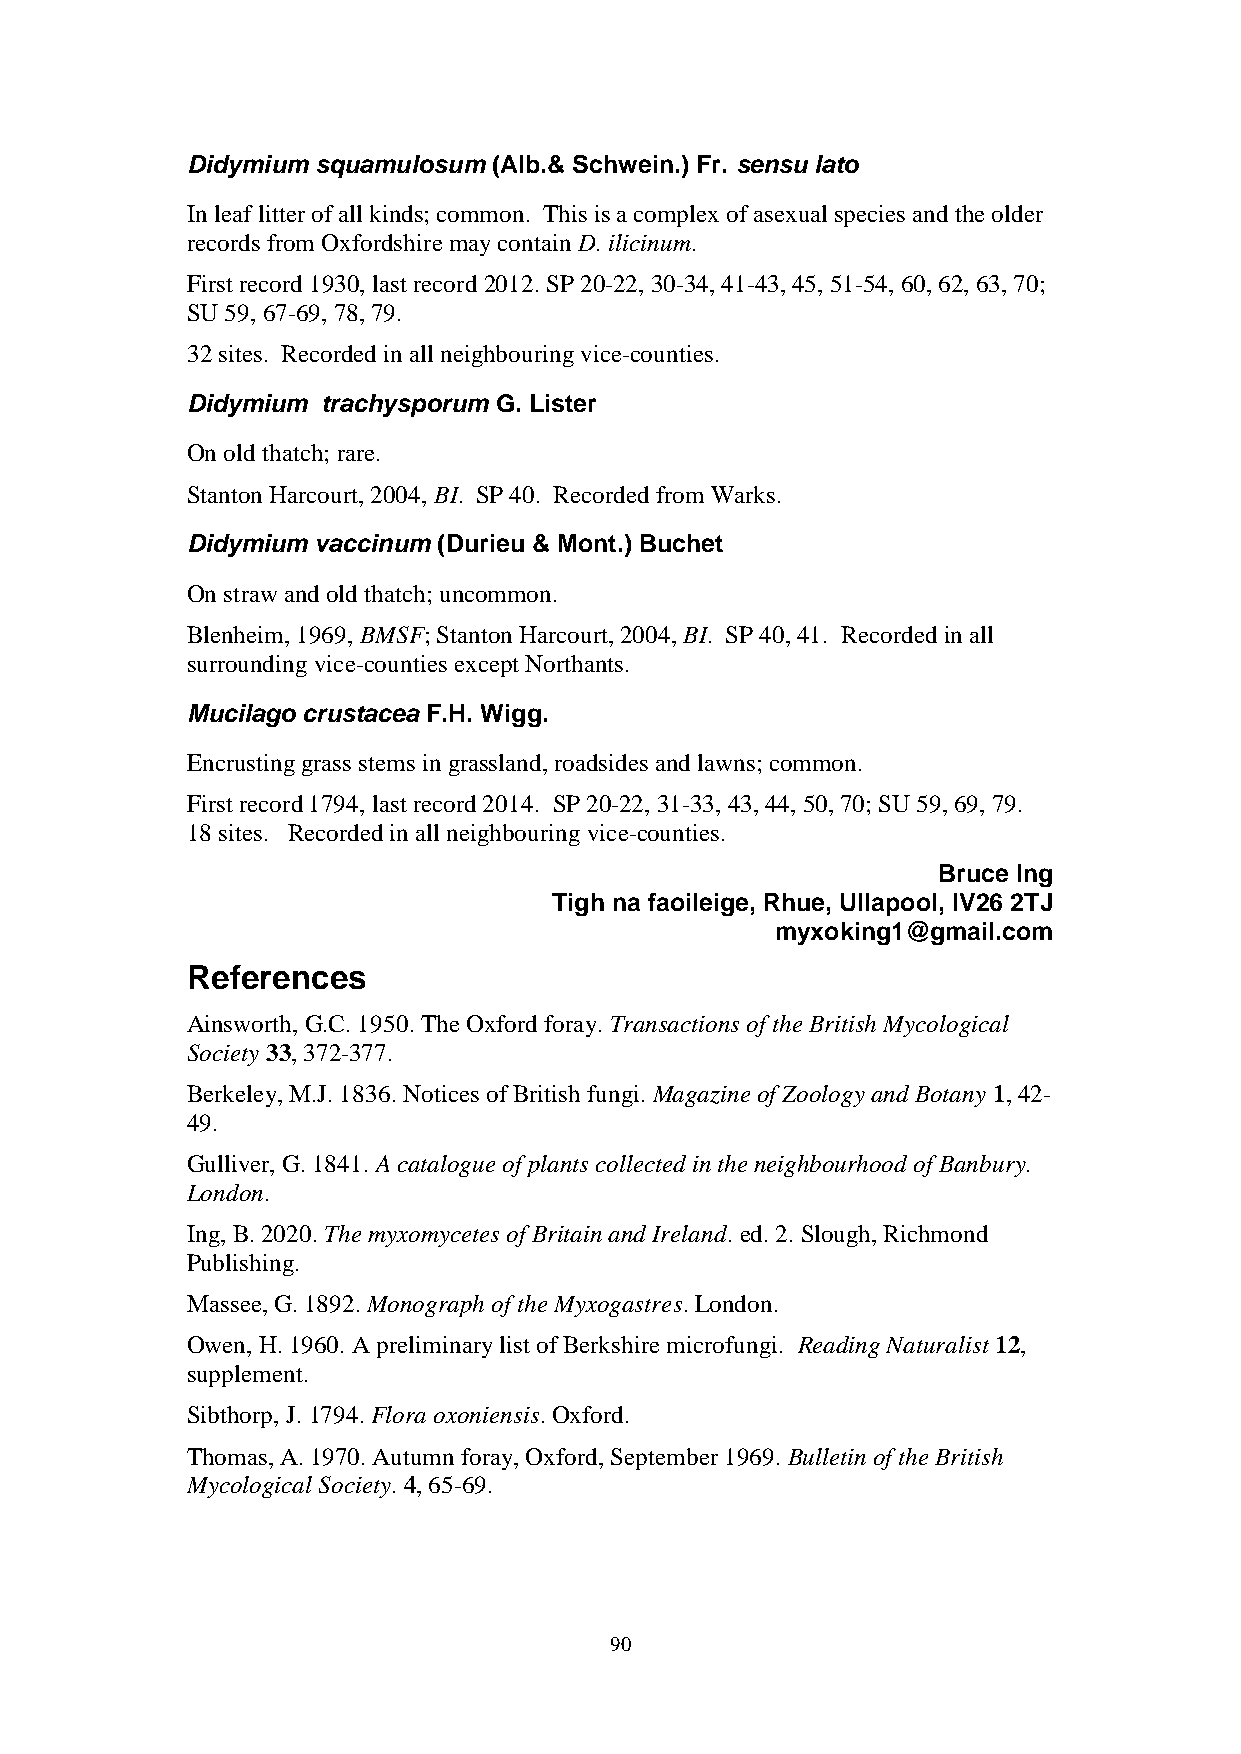
Didymium squamulosum (Alb.& Schwein.) Fr. sensu lato
 In leaf litter of all kinds; common. This is a complex of asexual species and the older
 records from Oxfordshire may contain D. ilicinum.
 First record 1930, last record 2012. SP 20-22, 30-34, 41-43, 45, 51-54, 60, 62, 63, 70;
 SU 59, 67-69, 78, 79.
 32 sites. Recorded in all neighbouring vice-counties.
 Didymium trachysporum G. Lister
 On old thatch; rare.
 Stanton Harcourt, 2004, BI. SP 40. Recorded from Warks.
 Didymium vaccinum (Durieu & Mont.) Buchet
 On straw and old thatch; uncommon.
 Blenheim, 1969, BMSF; Stanton Harcourt, 2004, BI. SP 40, 41. Recorded in all
 surrounding vice-counties except Northants.
 Mucilago crustacea F.H. Wigg.
 Encrusting grass stems in grassland, roadsides and lawns; common.
 First record 1794, last record 2014. SP 20-22, 31-33, 43, 44, 50, 70; SU 59, 69, 79.
 18 sites. Recorded in all neighbouring vice-counties.
 Bruce Ing
 Tigh na faoileige, Rhue, Ullapool, IV26 2TJ
 myxoking1@gmail.com
 References
 Ainsworth, G.C. 1950. The Oxford foray. Transactions of the British Mycological
 Society 33, 372-377.
 Berkeley, M.J. 1836. Notices of British fungi. Magazine of Zoology and Botany 1, 42-
 49.
 Gulliver, G. 1841. A catalogue of plants collected in the neighbourhood of Banbury.
 London.
 Ing, B. 2020. The myxomycetes of Britain and Ireland. ed. 2. Slough, Richmond
 Publishing.
 Massee, G. 1892. Monograph of the Myxogastres. London.
 Owen, H. 1960. A preliminary list of Berkshire microfungi. Reading Naturalist 12,
 supplement.
 Sibthorp, J. 1794. Flora oxoniensis. Oxford.
 Thomas, A. 1970. Autumn foray, Oxford, September 1969. Bulletin of the British
 Mycological Society. 4, 65-69.
 90